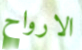
الارواح